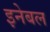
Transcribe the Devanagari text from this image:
इनेबल